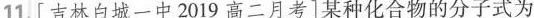
11.[吉林白城一中2019高二月考]某种化合物的分子式为